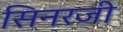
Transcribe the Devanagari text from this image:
सिनरजी